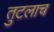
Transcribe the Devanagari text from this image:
तुटलाच